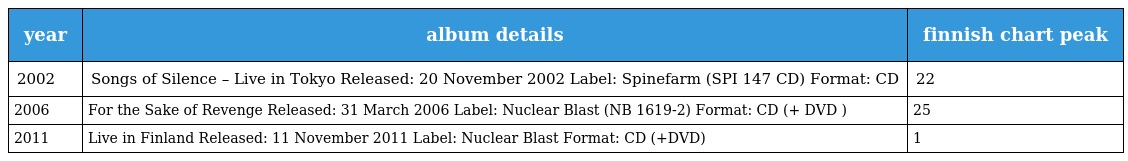
| year | album details | finnish chart peak |
 | --- | --- | --- |
 | 2002 | Songs of Silence – Live in Tokyo Released: 20 November 2002 Label: Spinefarm (SPI 147 CD) Format: CD | 22 |
 | 2006 | For the Sake of Revenge Released: 31 March 2006 Label: Nuclear Blast (NB 1619-2) Format: CD (+ DVD ) | 25 |
 | 2011 | Live in Finland Released: 11 November 2011 Label: Nuclear Blast Format: CD (+DVD) | 1 |